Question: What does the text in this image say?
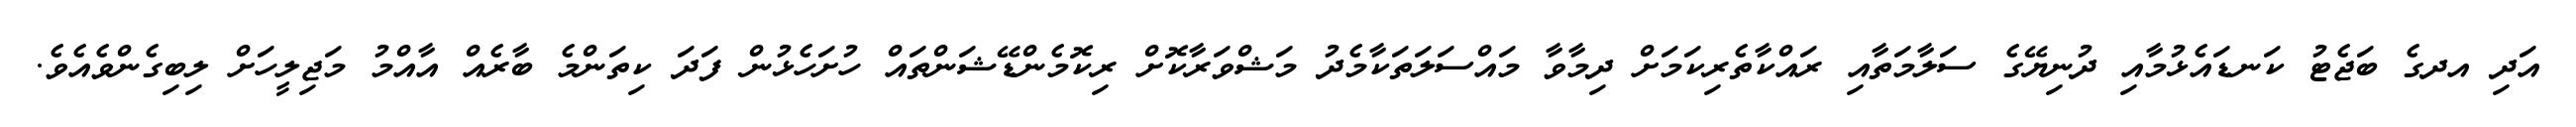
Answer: އަދި އދގެ ބަޖެޓު ކަނޑައެޅުމާއި ދުނިޔޭގެ ސަލާމަތާއި ރައްކާތެރިކަމަށް ދިމާވާ މައްސަލަތަކާމެދު މަޝްވަރާކޮށް ރިކޮމެންޑޭޝަންތައް ހުށަހެޅުން ފަދަ ކިތަންމެ ބާރެއް އާއްމު މަޖިލީހަށް ލިބިގެންވެއެވެ.